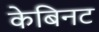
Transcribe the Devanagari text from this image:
केबिनट